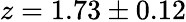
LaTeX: z=1.73\pm 0.12